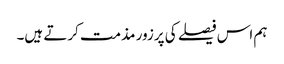
ہم اس فیصلے کی پرزور مذمت کرتے ہیں۔